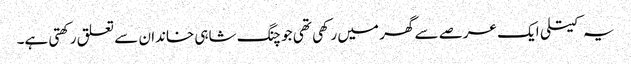
یہ کیتلی ایک عرصے سے گھر میں رکھی تھی جو چنگ شاہی خاندان سے تعلق رکھتی ہے۔